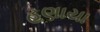
હણાયા